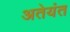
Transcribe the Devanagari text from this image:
अतेयंत